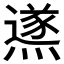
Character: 鿪